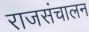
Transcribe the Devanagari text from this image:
राजसंचालन